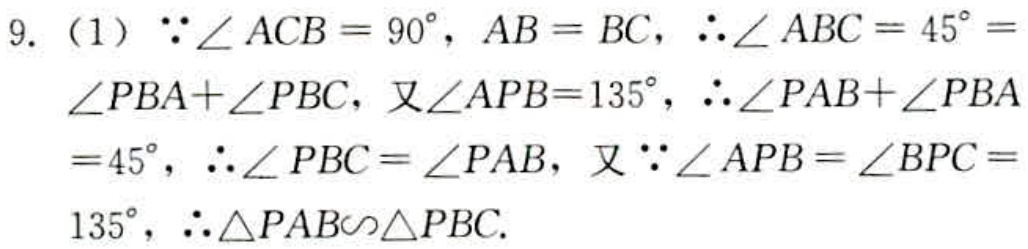
9.（1）$\because\angle ACB = 90^{\circ}, AB = BC, \therefore\angle ABC = 45^{\circ} =\angle PBA+\angle PBC$, 又$\angle APB = 135^{\circ}, \therefore\angle PAB+\angle PBA = 45^{\circ}, \therefore\angle PBC=\angle PAB$, 又$\because\angle APB=\angle BPC = 135^{\circ}, \therefore\triangle PAB\sim\triangle PBC$.